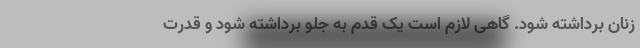
زنان برداشته شود. گاهی لازم است یک قدم به جلو برداشته شود و قدرت